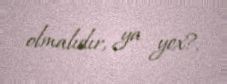
olmalıdır, ya yox?.